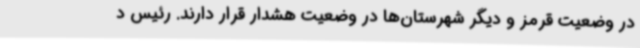
در وضعیت قرمز و دیگر شهرستان‌ها در وضعیت هشدار قرار دارند. رئیس د